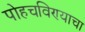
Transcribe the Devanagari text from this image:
पोहचविण्याचा